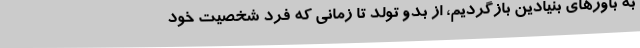
به باورهای بنیادین بازگردیم، از بدو تولد تا زمانی که فرد شخصیت خود